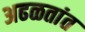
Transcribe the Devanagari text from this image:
अढळतांत